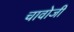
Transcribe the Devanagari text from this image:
चावोजी